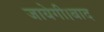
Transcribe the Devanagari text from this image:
जायेगी।बाद